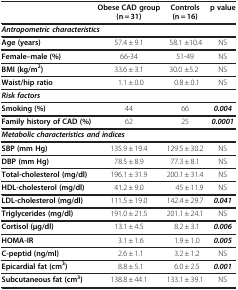
<table><thead><tr><td><b> </b></td><td><b>Obese CAD group (n = 31)</b></td><td><b>Controls (n = 16)</b></td><td><b>p value</b></td></tr></thead><tbody><tr><td><b><i>Antropometric characteristics</i></b></td><td> </td><td> </td><td> </td></tr><tr><td><b>Age (years)</b></td><td>57.4 ± 9.1</td><td>58.1 ±10.4</td><td>NS</td></tr><tr><td><b>Female–male (%)</b></td><td>66-34</td><td>51-49</td><td>NS</td></tr><tr><td><b>BMI (kg/m</b><sup><b>2</b></sup><b>)</b></td><td>33.6 ± 3.1</td><td>30.0 ±5.2</td><td>NS</td></tr><tr><td><b>Waist/hip ratio</b></td><td>1.1 ± 0.0</td><td>0.8 ± 0.1</td><td>NS</td></tr><tr><td><b><i>Risk factors</i></b></td><td> </td><td> </td><td> </td></tr><tr><td><b>Smoking (%)</b></td><td>44</td><td>66</td><td><b><i>0.004</i></b></td></tr><tr><td><b>Family history of CAD (%)</b></td><td>62</td><td>25</td><td><b><i>0.0001</i></b></td></tr><tr><td><b><i>Metabolic characteristics and indices</i></b></td><td> </td><td> </td><td> </td></tr><tr><td><b>SBP (mm Hg)</b></td><td>135.9 ± 19.4</td><td>129.5 ± 30.2</td><td>NS</td></tr><tr><td><b>DBP (mm Hg)</b></td><td>78.5 ± 8.9</td><td>77.3 ± 8.1</td><td>NS</td></tr><tr><td><b>Total-cholesterol (mg/dl)</b></td><td>196.1 ± 31.9</td><td>200.1 ± 31.4</td><td>NS</td></tr><tr><td><b>HDL-cholesterol (mg/dl)</b></td><td>41.2 ± 9.0</td><td>45 ± 11.9</td><td>NS</td></tr><tr><td><b>LDL-cholesterol (mg/dl)</b></td><td>111.5 ± 19.0</td><td>142.4 ± 29.7</td><td><b><i>0.041</i></b></td></tr><tr><td><b>Triglycerides (mg/dl)</b></td><td>191.0 ± 21.5</td><td>201.1 ± 24.1</td><td>NS</td></tr><tr><td><b>Cortisol (μg/dl)</b></td><td>13.1 ± 4.5</td><td>8.2 ± 3.1</td><td><b><i>0.006</i></b></td></tr><tr><td><b>HOMA-IR</b></td><td>3.1 ± 1.6</td><td>1.9 ± 1.0</td><td><b><i>0.005</i></b></td></tr><tr><td><b>C-peptid (ng/ml)</b></td><td>2.6 ± 1.1</td><td>3.2 ± 1.2</td><td>NS</td></tr><tr><td><b>Epicardial fat (cm</b><sup><b>3</b></sup><b>)</b></td><td>8.8 ± 5.1</td><td>6.0 ± 2.5</td><td><b><i>0.001</i></b></td></tr><tr><td><b>Subcutaneous fat (cm</b><sup><b>3</b></sup><b>)</b></td><td>138.8 ± 44.1</td><td>133.1 ± 39.1</td><td>NS</td></tr></tbody></table>